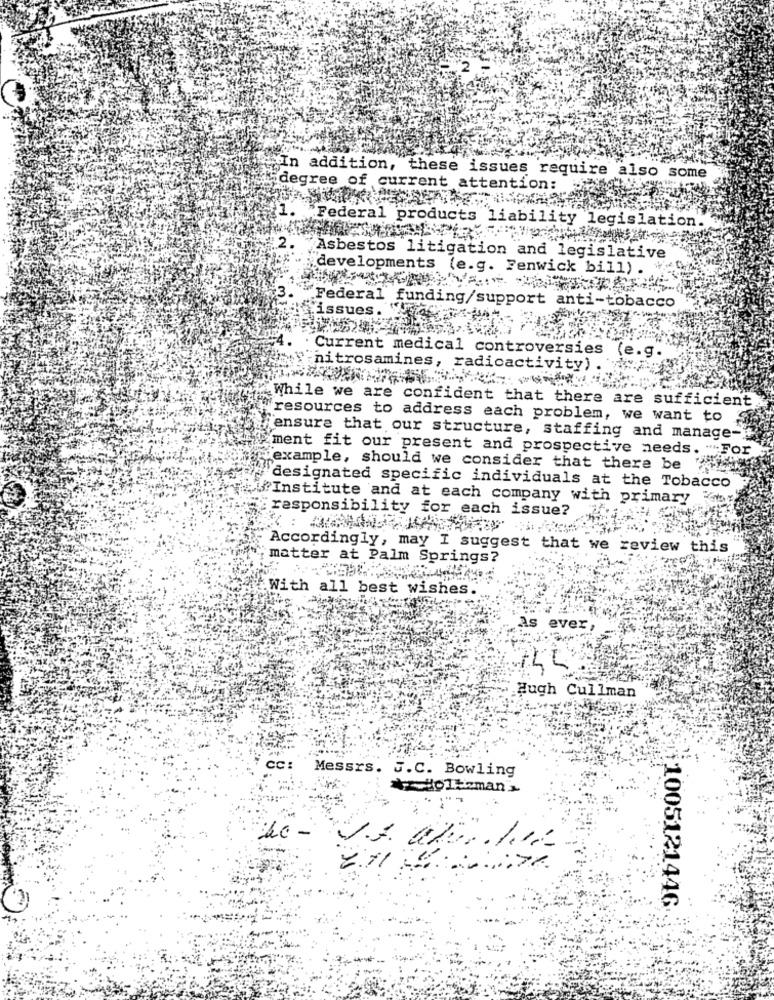
In addition,
these issues require also some
degree of current attention:
Federal products liability legislation.
2.
Asbestos litigation and legislative
developments (e.g. Fenwick bill)
"Federal funding/support anti-tobacco
issues.
Current medical controversies (e.
nitrosamines, radioactivity)
While we are confident that there are sufficient.
resources to address each problem, we want to
ensure that our structure, staffing and manage-
ment fit our present and prospective needs. "For
example, should we consider that there be
designated specific individuals at the Tobacco
Institute and at each company with primary
responsibility for each issue?
Accordingly, may I suggest that we review this
matter at Palm Springs?
.With all best wishes.
As
ever ,
Hugh Cullman
CC
Messrs. J.C. Bowling
doTteman
V3. april1
111005121446